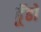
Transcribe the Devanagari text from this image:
ढूॅढो